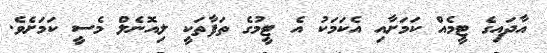
އާދައިގެ ޓީމެއް ކަމަށާއި އެކަމަކު އެ ޓީމުގެ ތަފާތަކީ ލިއޮނެލް މެސީ ކަމަށެވެ.